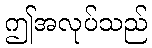
ဤအလုပ်သည်